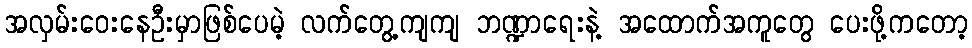
အလှမ်းဝေးနေဦးမှာဖြစ်ပေမဲ့ လက်တွေ့ကျကျ ဘဏ္ဍာရေးနဲ့ အထောက်အကူတွေ ပေးဖို့ကတော့